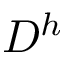
D ^ { h }